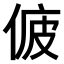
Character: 𠉷